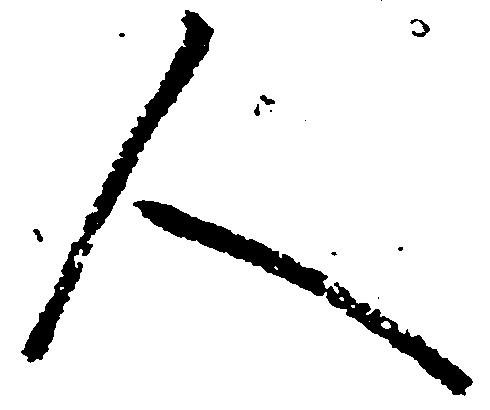
人